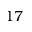
1 7